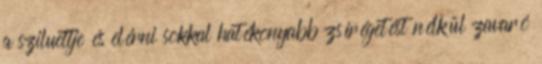
a sziluettje és elérni sokkal hatékonyabb zsírégetést nélkül zavaró